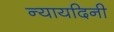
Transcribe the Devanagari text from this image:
न्यायदिनी